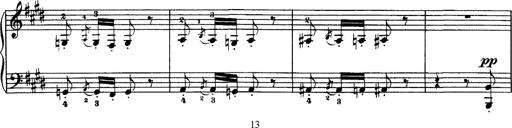
Title: Hungarian Rhapsody No.1
Composer: Franz Liszt
Key: C-sharp minor